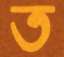
ত